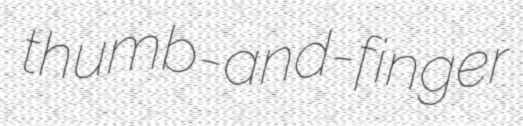
thumb-and-finger